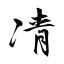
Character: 凊